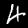
Label: 4